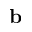
\bf { b }